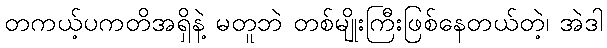
တကယ့်ပကတိအရှိနဲ့ မတူဘဲ တစ်မျိုးကြီးဖြစ်နေတယ်တဲ့၊ အဲဒါ